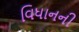
વિધાનની